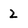
Character: 2